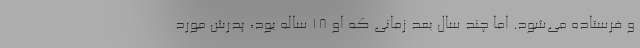
و فرستاده می‌شود. اما چند سال بعد زمانی که او 18 ساله بود، پدرش مورد